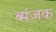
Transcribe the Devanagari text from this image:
ब्यंजक